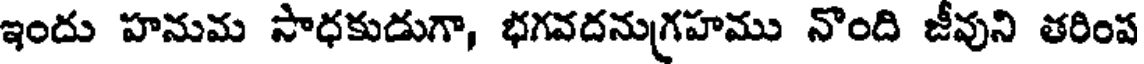
ఇందు హనుమ సాధకుడుగా, భగవదనుగ్రహము నొంది జీవుని తరింప